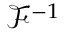
\mathcal { F } ^ { - 1 }